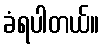
ခံရပါတယ်။